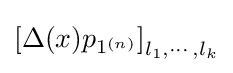
\left[\Delta (x)p_{1^{(n)}}\right]_{l_{1},\cdots ,l_{k}}